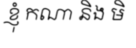
ខ្ញុំ កណា និង មិ